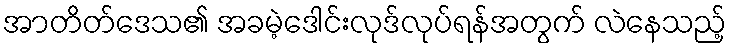
အာတိတ်ဒေသ၏ အခမဲ့ဒေါင်းလုဒ်လုပ်ရန်အတွက် လဲနေသည့်